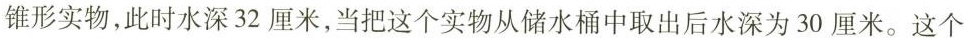
锥形实物，此时水深32厘米，当把这个实物从储水桶中取出后水深为30厘米。这个